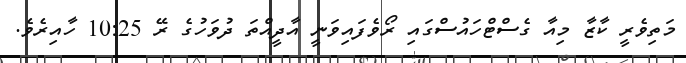
މަތިވެރީ ކާޒާ މިއާ ގެސްޓްހައުސްގައި ރޯވެފައިވަނީ އާދީއްތަ ދުވަހުގެ ރޭ 10:25 ހާއިރެވެ.